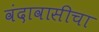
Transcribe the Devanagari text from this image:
वंदावासीचा